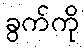
ခွက်ကို